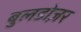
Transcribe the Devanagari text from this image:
बुलडोज़र